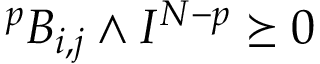
^ { p } B _ { i , j } \wedge I ^ { N - p } \succeq 0